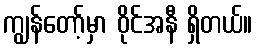
ကျွန်တော့်မှာ ဝိုင်အနီ ရှိတယ်။